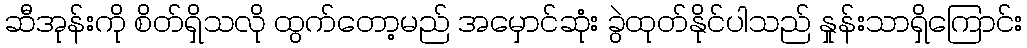
ဆီအုန်းကို စိတ်ရှိသလို ထွက်တော့မည် အမှောင်ဆုံး ခွဲထုတ်နိုင်ပါသည် နှုန်းသာရှိကြောင်း